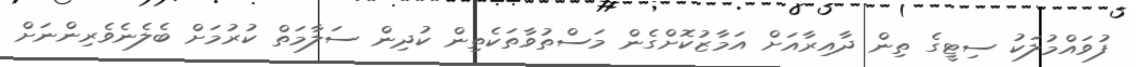
ފުވައްމުލަކު ސިޓީގެ ތިން ދާއިރާއަށް އަމާޒުކޮށްގެން މަސްތުވާތަކެތިން ކުދިން ސަލާމަތް ކުރުމަށް ބެލެނެވެރިންނަށް